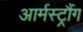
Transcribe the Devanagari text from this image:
आर्मस्ट्रौंग